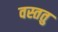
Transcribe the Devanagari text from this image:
वस्ततु